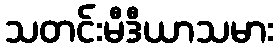
သတင်းမီဒီယာသမား